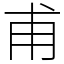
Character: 甫